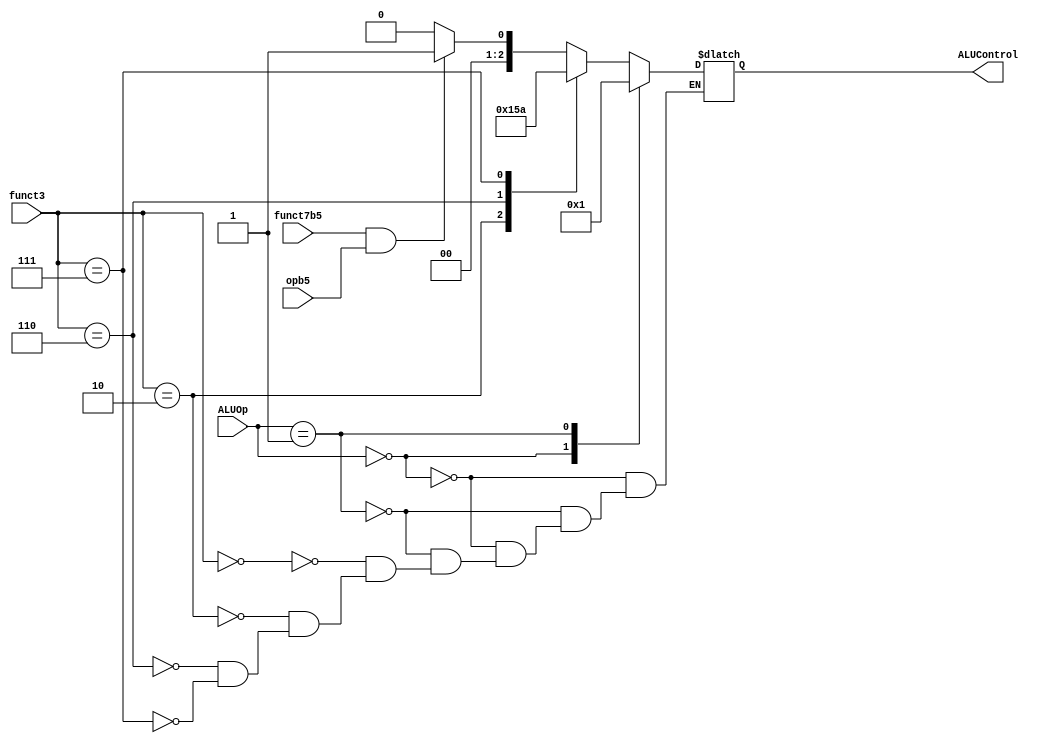
module aludec(input wire opb5,
 input wire [2:0] funct3,
 input wire funct7b5,
 input wire [1:0] ALUOp,
 output reg [2:0] ALUControl);
 always@(*)
 case(ALUOp)
 2'b00: ALUControl = 3'b000; 
 2'b01: ALUControl = 3'b001; 
 default: case(funct3) 
 3'b000: if (funct7b5 & opb5)
 ALUControl = 3'b001; 
 else
 ALUControl = 3'b000; 
 3'b010: ALUControl = 3'b101; 
 3'b110: ALUControl = 3'b011; 
 3'b111: ALUControl = 3'b010; 
 endcase
 endcase
endmodule